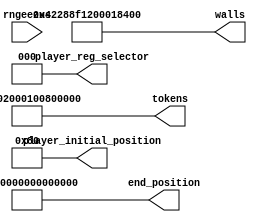
module level_three_rom_18 (
    input [1:0] rngeezus,
    output reg [63:0] player_initial_position,
    output reg [2:0] player_reg_selector,
    output reg [63:0] end_position,
    output reg [63:0] walls,
    output reg [63:0] tokens
  );
  
  
  
  always @* begin
    player_initial_position[0+7-:8] = 8'h80;
    player_initial_position[8+55-:56] = 56'h00000000000000;
    player_reg_selector = 3'h0;
    end_position[0+55-:56] = 56'h00000000000000;
    end_position[56+7-:8] = 8'h01;
    tokens[0+7-:8] = 8'h01;
    tokens[8+7-:8] = 8'h00;
    tokens[16+7-:8] = 8'h80;
    tokens[24+7-:8] = 8'h00;
    tokens[32+7-:8] = 8'h01;
    tokens[40+7-:8] = 8'h00;
    tokens[48+7-:8] = 8'h02;
    tokens[56+7-:8] = 8'h80;
    walls[0+7-:8] = 8'h00;
    walls[8+7-:8] = 8'h84;
    walls[16+7-:8] = 8'h01;
    walls[24+7-:8] = 8'h00;
    walls[32+7-:8] = 8'h12;
    walls[40+7-:8] = 8'h8f;
    walls[48+7-:8] = 8'h28;
    walls[56+7-:8] = 8'h42;
  end
endmodule